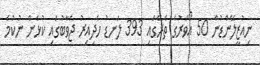
ނިއުޒީލޭންޑުން 50 އޯވަރުގެ ތެރޭގައި 393 ލަނޑު ހެދިއިރު ޖަވާބުގައި ކުޅެން ނުކުމެ